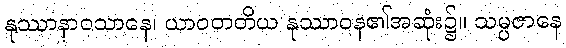
နုဿာနာဝသာနေ၊ ယာဝတတိယ နုဿာဝန၏အဆုံး၌။ သမ္ပဇာနေ